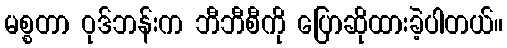
မစ္စတာ ဝုဒ်ဘန်းက ဘီဘီစီကို ပြောဆိုထားခဲ့ပါတယ်။